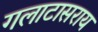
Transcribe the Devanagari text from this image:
गलाटासराय